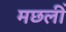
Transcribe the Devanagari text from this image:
मछलीं